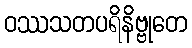
ဝဿသတပရိနိဗ္ဗုတေ